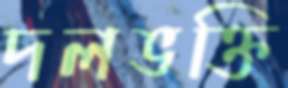
দলভক্তি